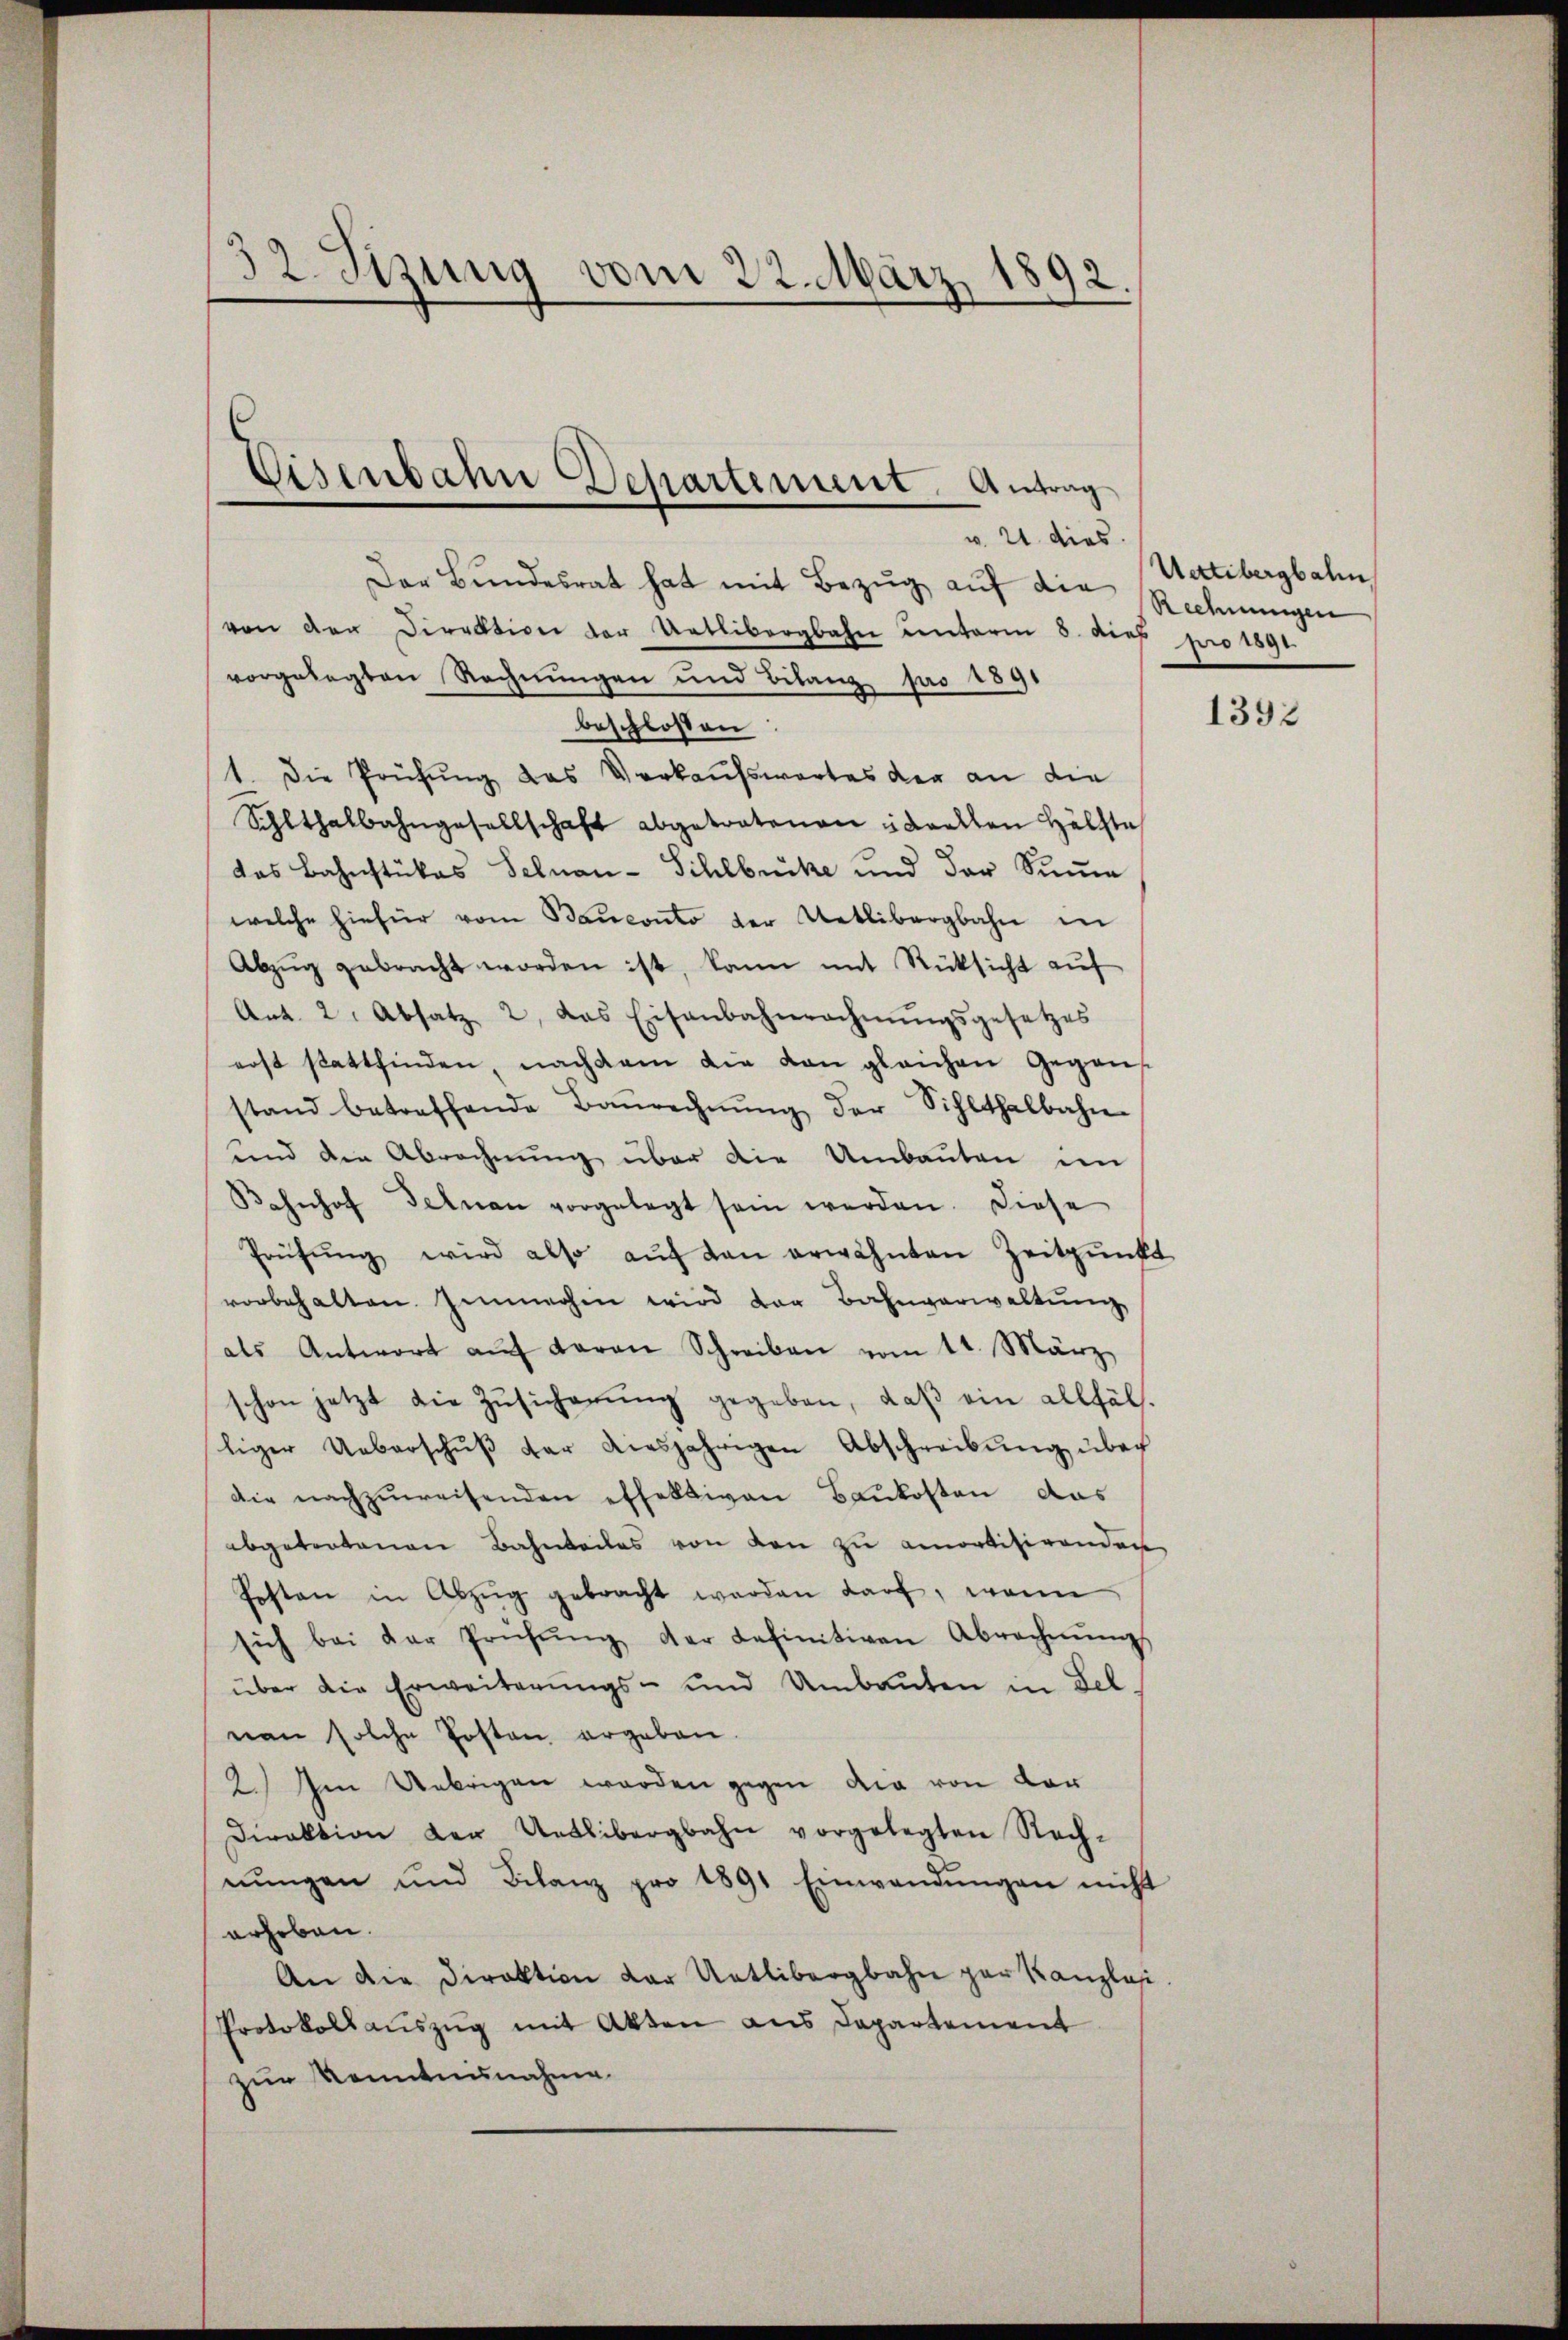
32 Sizung vom 22. März 1892.

Eisenbahn Departement. Antrag
w. 21. dies

Der Bundesrat hat mit Bezug auf die Rechnungen
von der Direktion der Uetlibergbahn unterm 8. dies pro 1891.
vorgelegten Rechnungen und Bilanz pro 1891
beschloßen
1. Die Prüfung das Verkaufswortes der an die
Schlthalbahngesellschaft abgetratenen Saallen Hälfte
das Bahnstükes Selnau - Sihlbrücke und der Sinne
welche hiefür vom Bauconto der Uetlibergbahn in
Abzug gebracht worden ist, kann mit Rücksicht auf
Art. 2. Absatz 2, das Eisenbahnrechnŭngsgesetzes
erst stattfinden, nachdem die von gleichen Gegens
stand betreffende Baŭrechnŭng der Sihlthalbahn
und den Abrechnung über die Umbauten im
Bahnhof deinen vorgelegt sein werden. Diese
Prüfŭng wird also aŭf den erwähnten Zeitpunkt
vorbehalten gemachen wird der Bahnverwaltŭng
als Antwort aŭf daran Schreiben vom 11. März
schon jetzt die Zusicherung gegeben, daß ein allfälliger Ueberschŭβ der diesjährigen Abschreibŭng über
die nachzŭweisenden effektiven Baukosten das
abgetretenen Bahnteiles von den zu amortisirenden
Posten in Abzŭg gebracht werden darf, wenn
sich bei der Prüfŭng der definitiven Abrechnŭngs
über die Erweiterungs- und Umbauten in Felnen solche Posten ergeben.
2. Im Uebrigen worden gegen die von der
Direktion der Uetlibergbahn vorgelegten Rechnŭngen und Bilanz pro 1891 Einwendŭngen nicht
erhoben.
An die Direktion der Uetlibergbahn per Kanzlosi
Protokoll aŭszŭg mit Akten aus Departement
zur Kenntnisnahme

Uetlibergbahn

1392